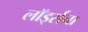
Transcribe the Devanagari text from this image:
लॉर्ड्सचा